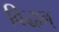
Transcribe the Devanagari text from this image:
विद्धान्‌